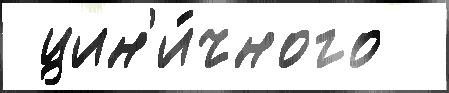
 цин'и́чного